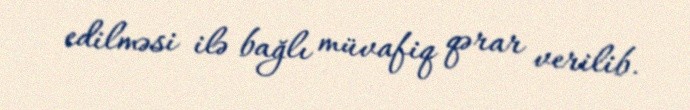
edilməsi ilə bağlı müvafiq qərar verilib.